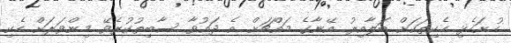
ހުށަހެޅި ހެކިތަކަށް ބަލާއިރު އޭނާގެ މައްޗަށް އެ ދައުވާ ސާބިތުކުރެވޭ މިންވަރަށް ހެކި